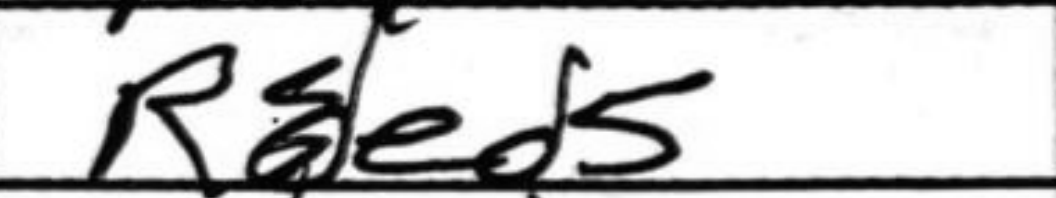
Transcription: Red5